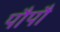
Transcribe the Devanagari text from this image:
पौपौ